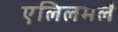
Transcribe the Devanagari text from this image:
एलिलमलै